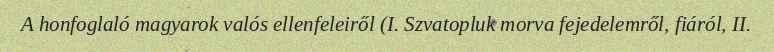
A honfoglaló magyarok valós ellenfeleiről (I. Szvatopluk morva fejedelemről, fiáról, II.